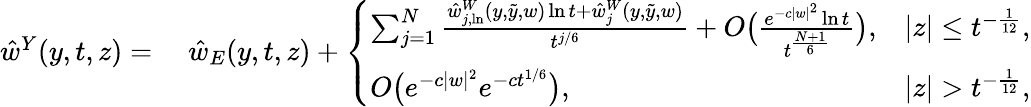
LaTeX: \begin{array}{rl}{\hat{w}^{Y}(y,t,z)=}&{\; \hat{w}_{E}(y,t,z)+\left\{ \begin{array}{ll}{\sum_{j=1}^{N}\frac{\hat{w}_{j,\ln}^{W}(y,\tilde{y},w)\ln{t}+\hat{w}_{j}^{W}(y,\tilde{y},w)}{t^{j/6}}+O\big(\frac{e^{-c|w|^{2}}\ln{t}}{t^{\frac{N+1}{6}}}\big),}&{|z|\leq t^{-\frac{1}{12}},}\\ {O\big(e^{-c|w|^{2}}e^{-ct^{1/6}}\big),}&{|z|>t^{-\frac{1}{12}},}\end{array}\right.}\end{array}